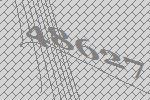
48627